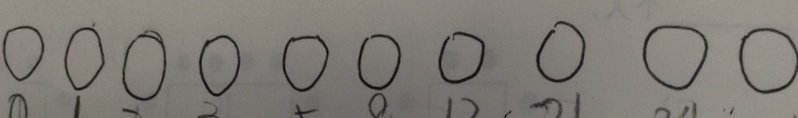
0 0 0 0 0 0 0 0 0 0